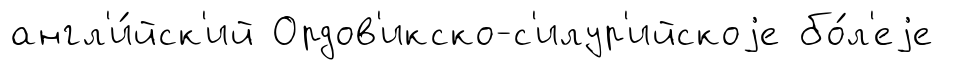
англ'и́йск'ий Ордов'икско-с'илур'ийскоjе бо́л'еjе